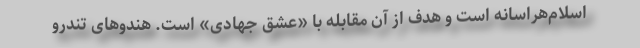
اسلام‌هراسانه است و هدف از آن مقابله با «عشق جهادی» است. هندوهای تندرو